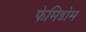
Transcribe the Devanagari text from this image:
फेमिडोम